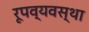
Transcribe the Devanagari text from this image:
रूपव्यवस्था